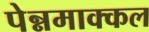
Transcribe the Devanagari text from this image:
पेन्नमाक्कल